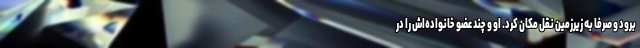
برود و صرفا به زیرزمین نقل مکان کرد. او و چند عضو خانواده‌اش را در